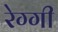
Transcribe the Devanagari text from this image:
रेग्गी